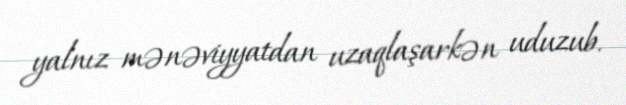
yalnız mənəviyyatdan uzaqlaşarkən uduzub.